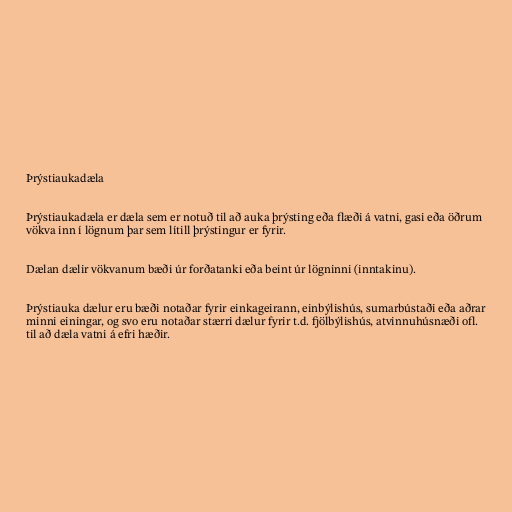
Þrýstiaukadæla

Þrýstiaukadæla er dæla sem er notuð til að auka þrýsting eða flæði á vatni, gasi eða öðrum
vökva inn í lögnum þar sem lítill þrýstingur er fyrir.

Dælan dælir vökvanum bæði úr forðatanki eða beint úr lögninni (inntakinu).

Þrýstiauka dælur eru bæði notaðar fyrir einkageirann, einbýlishús, sumarbústaði eða aðrar
minni einingar, og svo eru notaðar stærri dælur fyrir t.d. fjölbýlishús, atvinnuhúsnæði ofl.
til að dæla vatni á efri hæðir.